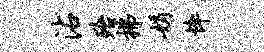
沾殆拂娟悴